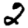
Digit: 2